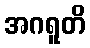
အဂရူတိ